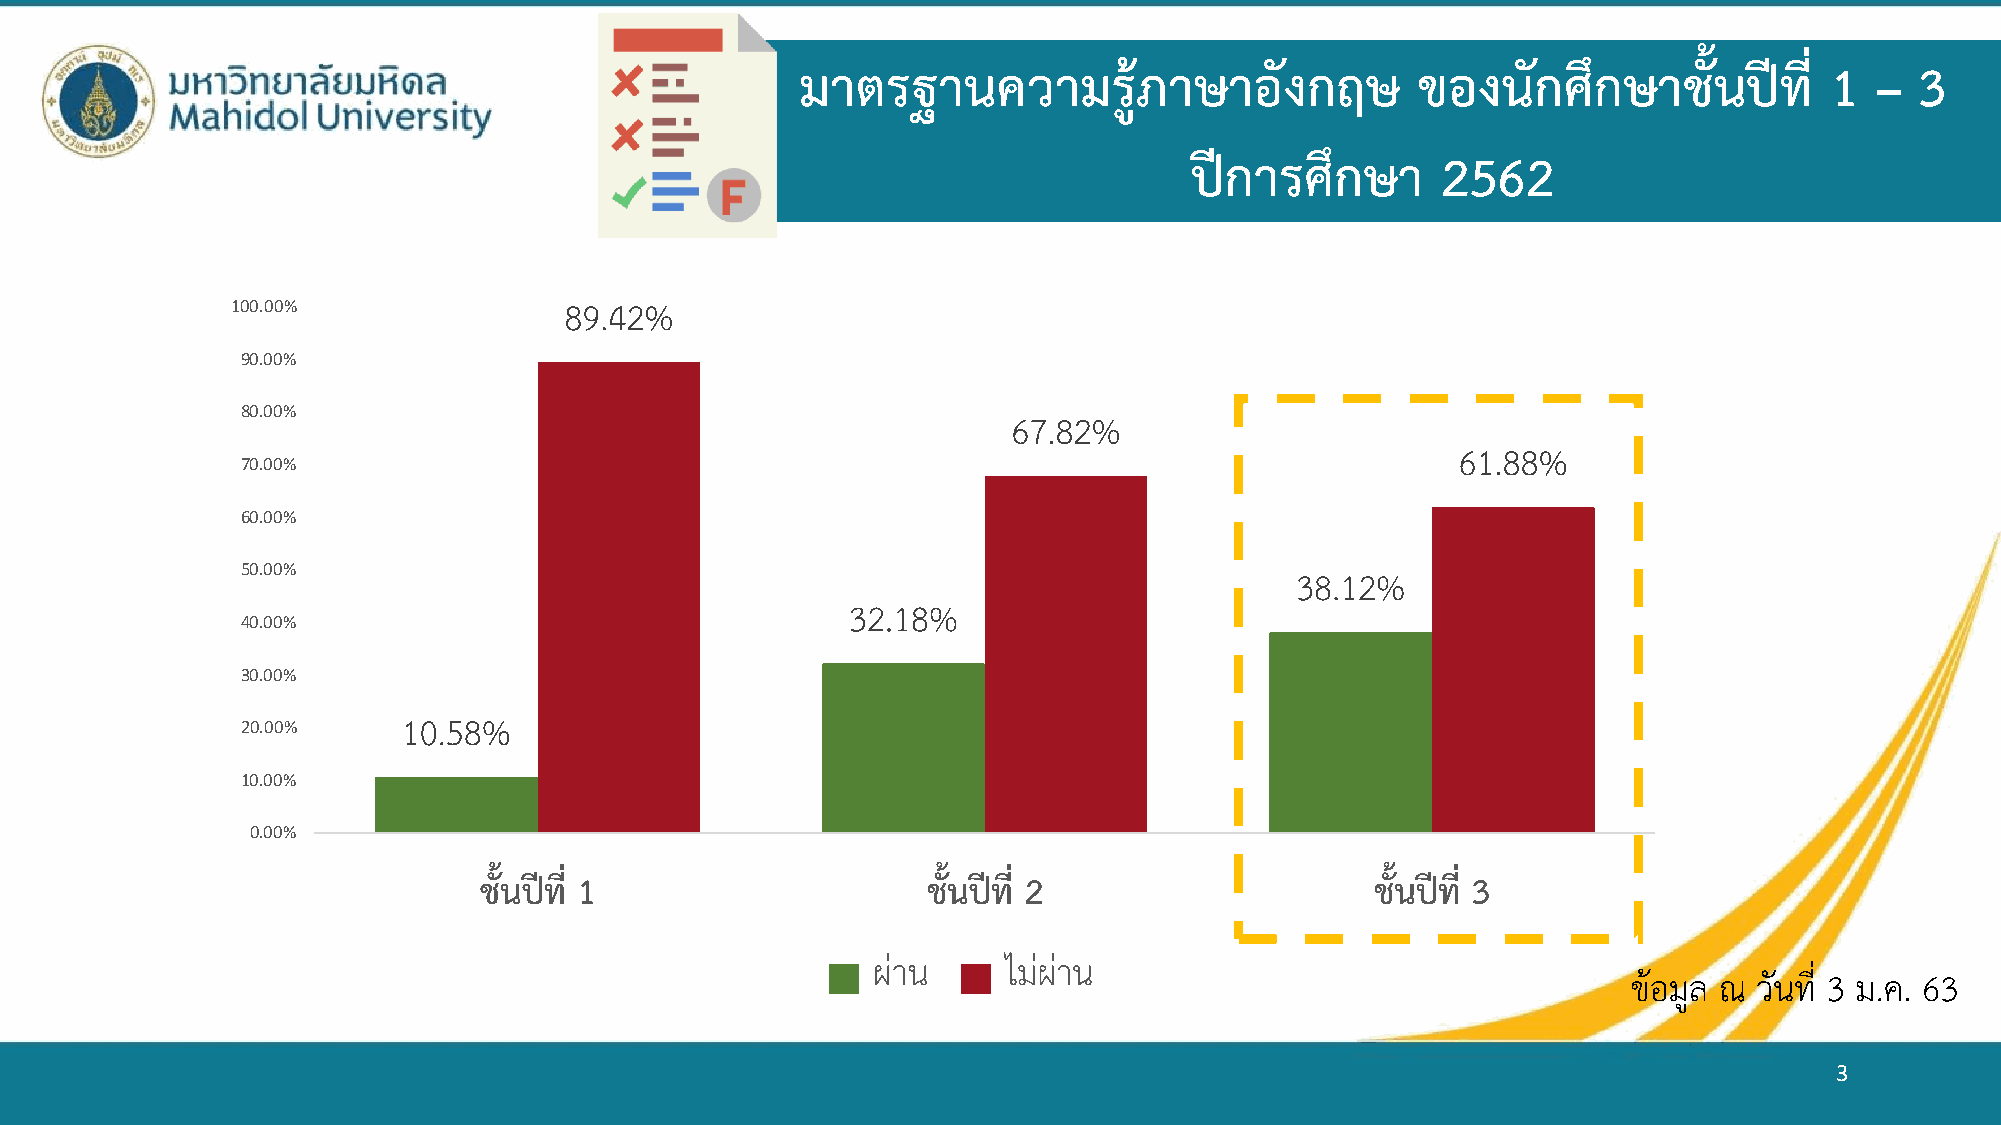
มาตรฐานความรู้ภาษาอังกฤษ                 ของนักศึกษาชั้นปีที่       1  –  3
 ปีการศึกษา      2562
 100.00%               89.42%
 90.00%
 80.00%                                             67.82%
 61.88%
 70.00%
 60.00%
 50.00%                                                                38.12%
 32.18%
 40.00%
 30.00%
 10.58%
 20.00%
 10.00%
 0.00%
 ชั้นปีที่ 1                  ชั้นปีที่ 2                   ชั้นปีที่ 3
 ผ่าน     ไม่ผ่าน
 ข้อมูล ณ วันที่ 3 ม.ค. 63
 3